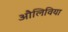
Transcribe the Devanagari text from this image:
औलिविया